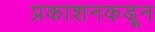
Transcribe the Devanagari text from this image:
प्रकाशनकडून